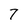
Character: 7